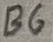
Text: B6